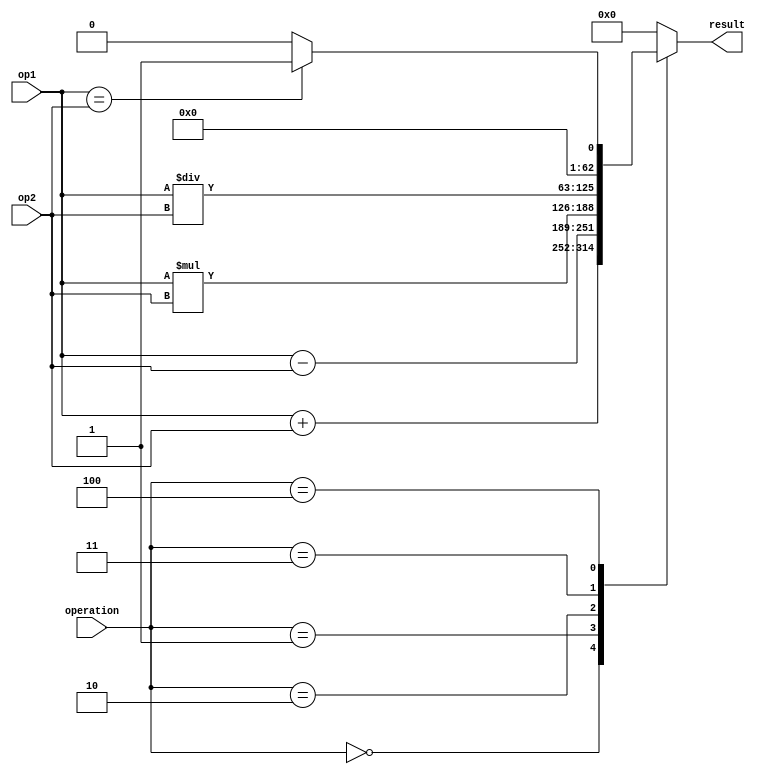
module TriplePrecisionFloatingPointUnit (
  input wire [62:0] op1,
  input wire [62:0] op2,
  input wire [2:0] operation,
  output reg [62:0] result
);

reg [62:0] temp_result;

always @(*)
begin
  case(operation)
    3'b000: // Addition
      temp_result = op1 + op2;
    3'b001: // Subtraction
      temp_result = op1 - op2;
    3'b010: // Multiplication
      temp_result = op1 * op2;
    3'b011: // Division
      temp_result = op1 / op2;
    3'b100: // Comparator (comparison)
      if(op1 == op2)
        temp_result = 63'b1;
      else
        temp_result = 63'b0;
    default: // Invalid operation
      temp_result = 63'b0;
  endcase
end

always @(*)
begin
  result = temp_result;
end

endmodule